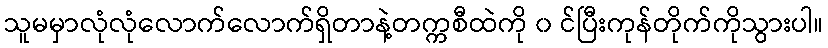
သူမမှာလုံလုံလောက်လောက်ရှိတာနဲ့တက္ကစီထဲကို ၀ င်ပြီးကုန်တိုက်ကိုသွားပါ။